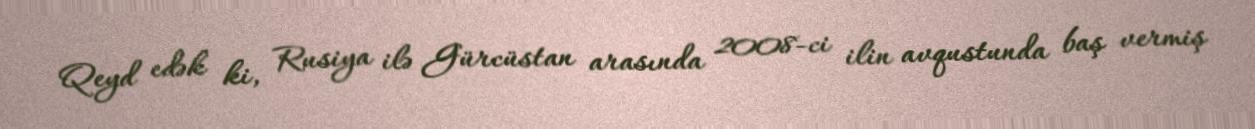
Qeyd edək ki, Rusiya ilə Gürcüstan arasında 2008-ci ilin avqustunda baş vermiş